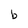
Character: b